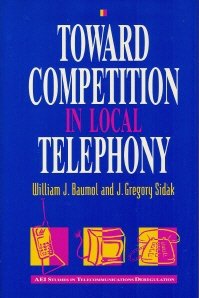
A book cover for Toward Competition in Local Telephony (Aei Studies in Telecommunications Deregulation); William J. Baumol; Law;